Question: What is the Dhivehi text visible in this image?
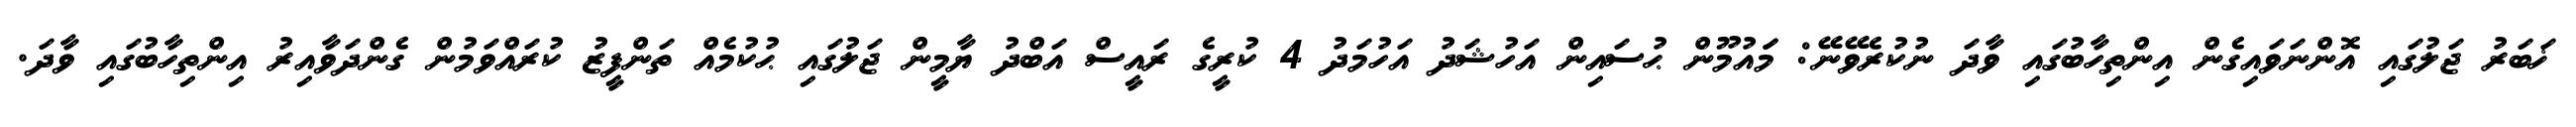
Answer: ޚަބަރު ޖަލުގައި އޮންނަވައިގެން އިންތިހާބުގައި ވާދަ ނުކުރެވޭނޭ: މަައުމޫން ޙުސައިން އަހުޝަދު އަހުމަދު 4 ކުރީގެ ރައީސް އަބްދު ޔާމީން ޖަލުގައި ޙުކުމެއް ތަންފީޒު ކުރައްވަމުން ގެންދަވާއިރު އިންތިހާބުގައި ވާދަ.